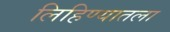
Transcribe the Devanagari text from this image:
लिहिण्यातला